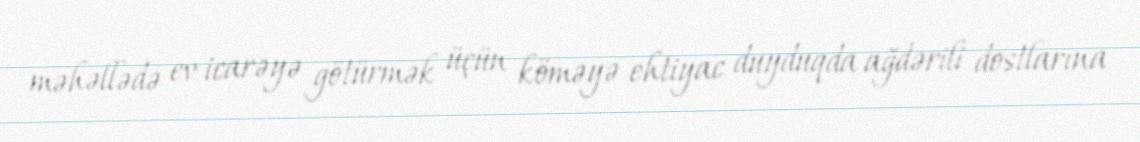
məhəllədə ev icarəyə götürmək üçün köməyə ehtiyac duyduqda ağdərili dostlarına